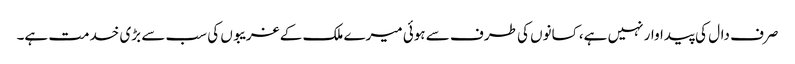
صرف دال کی پیداوار نہیں ہے، کسانوں کی طرف سے ہوئی میرے ملک کے غریبوں کی سب سے بڑی خدمت ہے۔